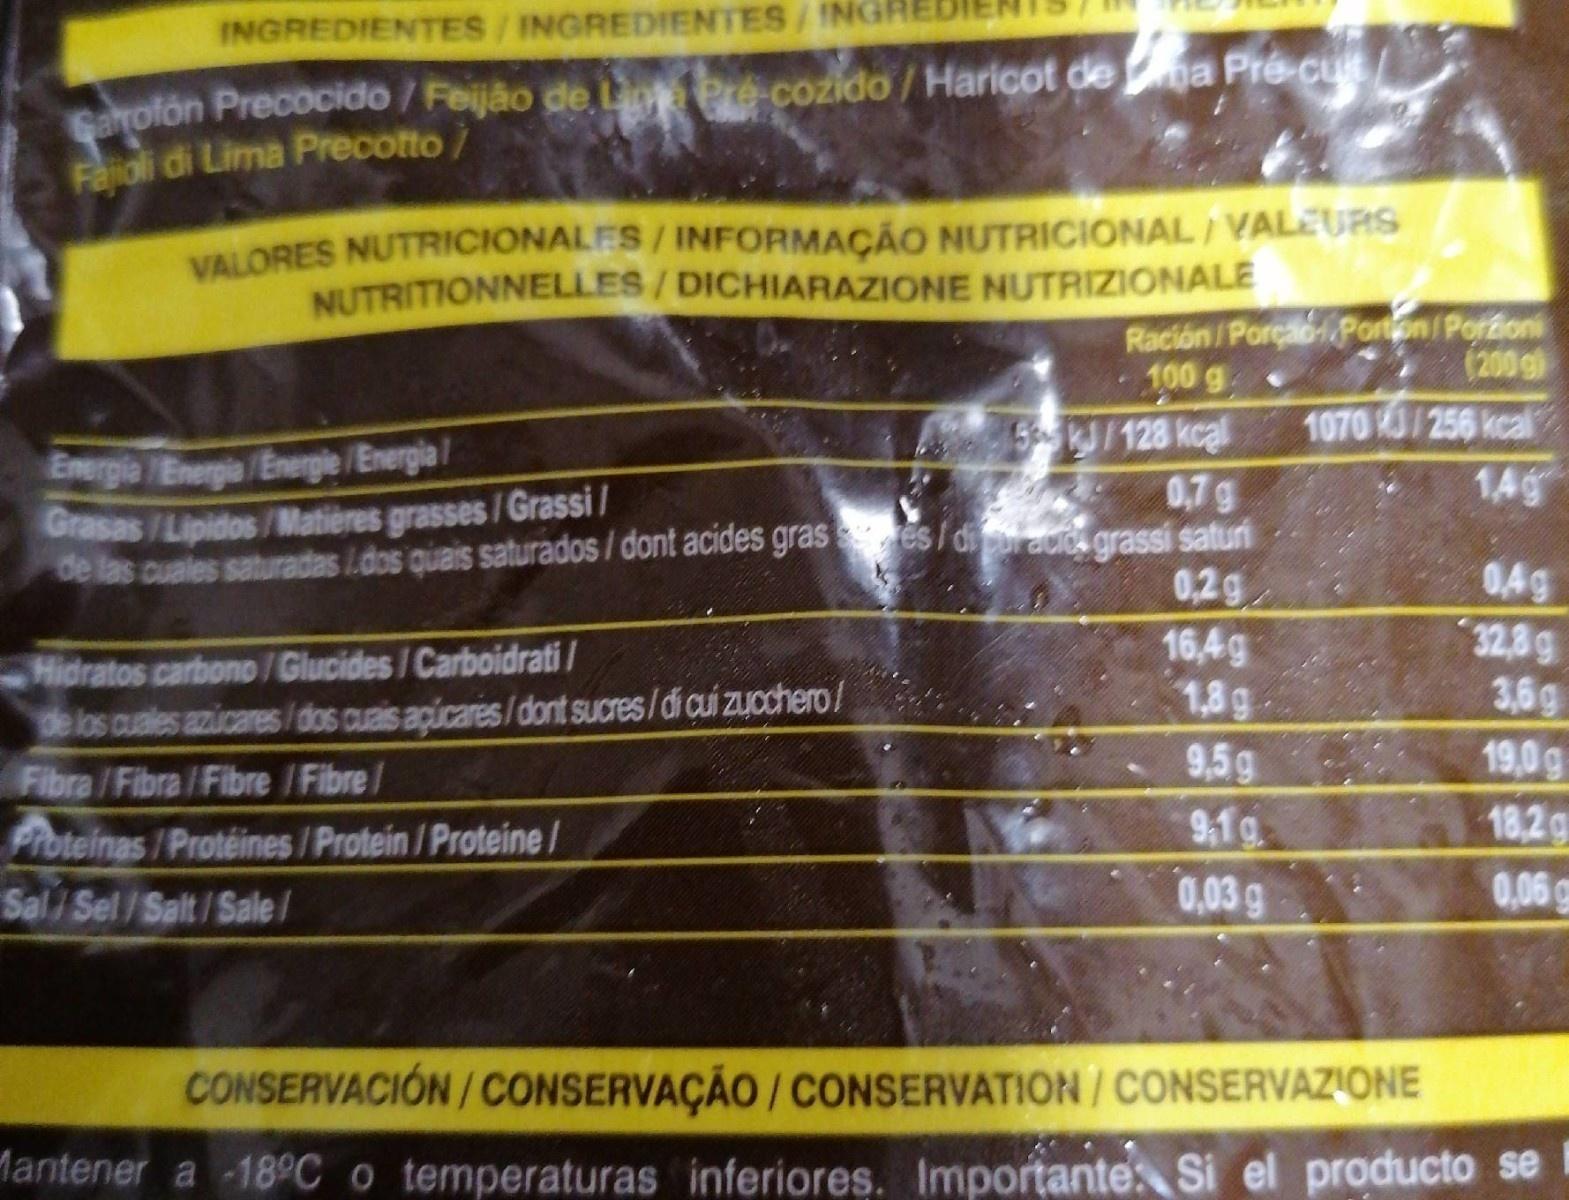
INGREDIENTES/INGREDIENTES/INGRI
Sahotón Precocido /Feijão de Lina Pre cozido / Haricot dea Pré-cu Faioli di Lima Precotto/
VALORES NUTRICIONALES/ INFORMAÇÃO NUTRICIONAL / VALEURS NUTRITIONNELLES/DICHIARAZIONE NUTRIZIONALE
Ración/PorçaoPonton/Porioni 100 g
(200 g)
1070 /256 kcal
Emergia Energia /Energie /Energia Grasas /Lipidos/Matières grasses/Grassi / de las cuales saturadas L.dos quais saturados / dont acides gras es / diul auia grassi saturi
S/128 kcal 0,7g
14g
04g 32,8g 3,6g
0,2g
Hidratos carbono /Glucides /Carboidrati/ de los cuales azicares /dos cuais açúcares/dont sucres/di cui zucchero/ Fibra /Fibra /Fibre /Fibre/
16,4g 1,8g
9,5g
19,0g
18,2g
9,1g 0,03 g
Proteinas /Protéines /Protein /Proteine/
Sal/ Sel/Salt/Sale/
0,06g
CONSERVACIÓN/CONSERVAÇÃO/ CONSERVATION/ CONSERVAZIONE
Mantener a -18°C o temperaturas inferiores. Importante Si el producto se